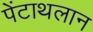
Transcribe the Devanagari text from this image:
पेंटाथलान